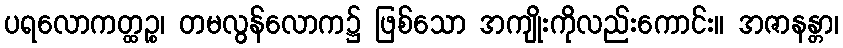
ပရလောကတ္ထဉ္စ၊ တမလွန်လောက၌ ဖြစ်သော အကျိုးကိုလည်းကောင်း။ အဇာနန္တာ၊